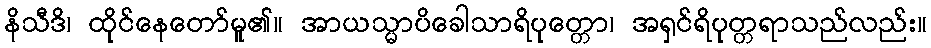
နိသီဒိ၊ ထိုင်နေတော်မူ၏။ အာယသ္မာပိခေါသာရိပုတ္တော၊ အရှင်ရိပုတ္တရာသည်လည်း။